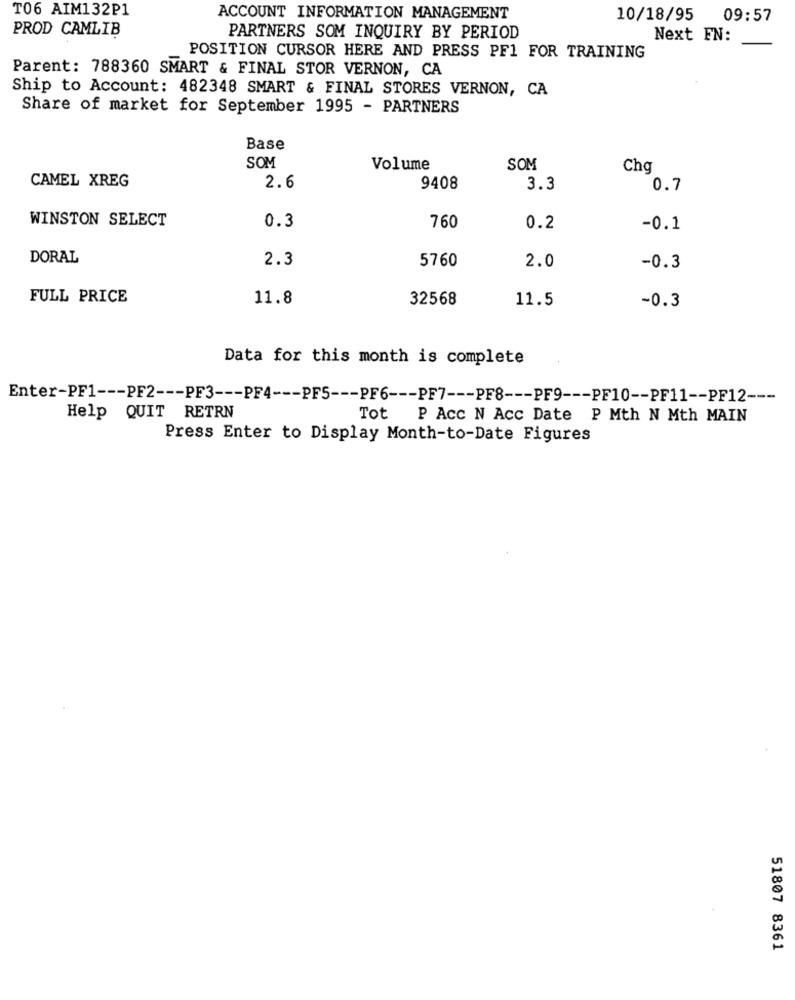
T06 AIM132P1
ACCOUNT INFORMATION MANAGEMENT
10/18/95
09:57
PROD CAMLIB
PARTNERS SOM INQUIRY BY PERIOD
Next EN:
POSITION CURSOR HERE AND PRESS PF1 FOR TRAINING
Parent: 788360 SMART & FINAL STOR VERNON, CA
Ship to Account: 482348 SMART & FINAL STORES VERNON, CA
Share of market for September 1995 - PARTNERS
Base
SOM
Volume
SOM
Chg
CAMEL XREG
2.6
9408
3.3
0.7
WINSTON SELECT
0.3
760
0.2
-0.1
DORAL
2.3
5760
2.0
-0.3
FULL PRICE
11.8
32568
11.5
-0.3
Data for this month is complete
Enter-PF1 --- PF2 --- PF3 --- PF4 --- PF5 --- PF6 --- PF7 --- PF8 --- PF9 --- PF10 -- PF11 -- PF12 ---
Help QUIT RETRN
Tot
P Acc N Acc Date P Mth N Mth MAIN
Press Enter to Display Month-to-Date Figures
51807 8361